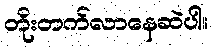
တိုးတက်လာနေဆဲပါ။